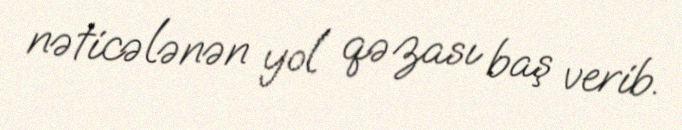
nəticələnən yol qəzası baş verib.